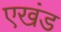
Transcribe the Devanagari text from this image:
एखंड